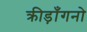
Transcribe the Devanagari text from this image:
क्रीड़ाँगनो